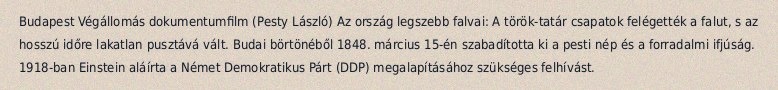
Budapest Végállomás dokumentumfilm (Pesty László) Az ország legszebb falvai: A török-tatár csapatok felégették a falut, s az hosszú időre lakatlan pusztává vált. Budai börtönéből 1848. március 15-én szabadította ki a pesti nép és a forradalmi ifjúság. 1918-ban Einstein aláírta a Német Demokratikus Párt (DDP) megalapításához szükséges felhívást.